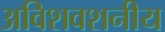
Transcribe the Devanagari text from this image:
अविशवशनीय